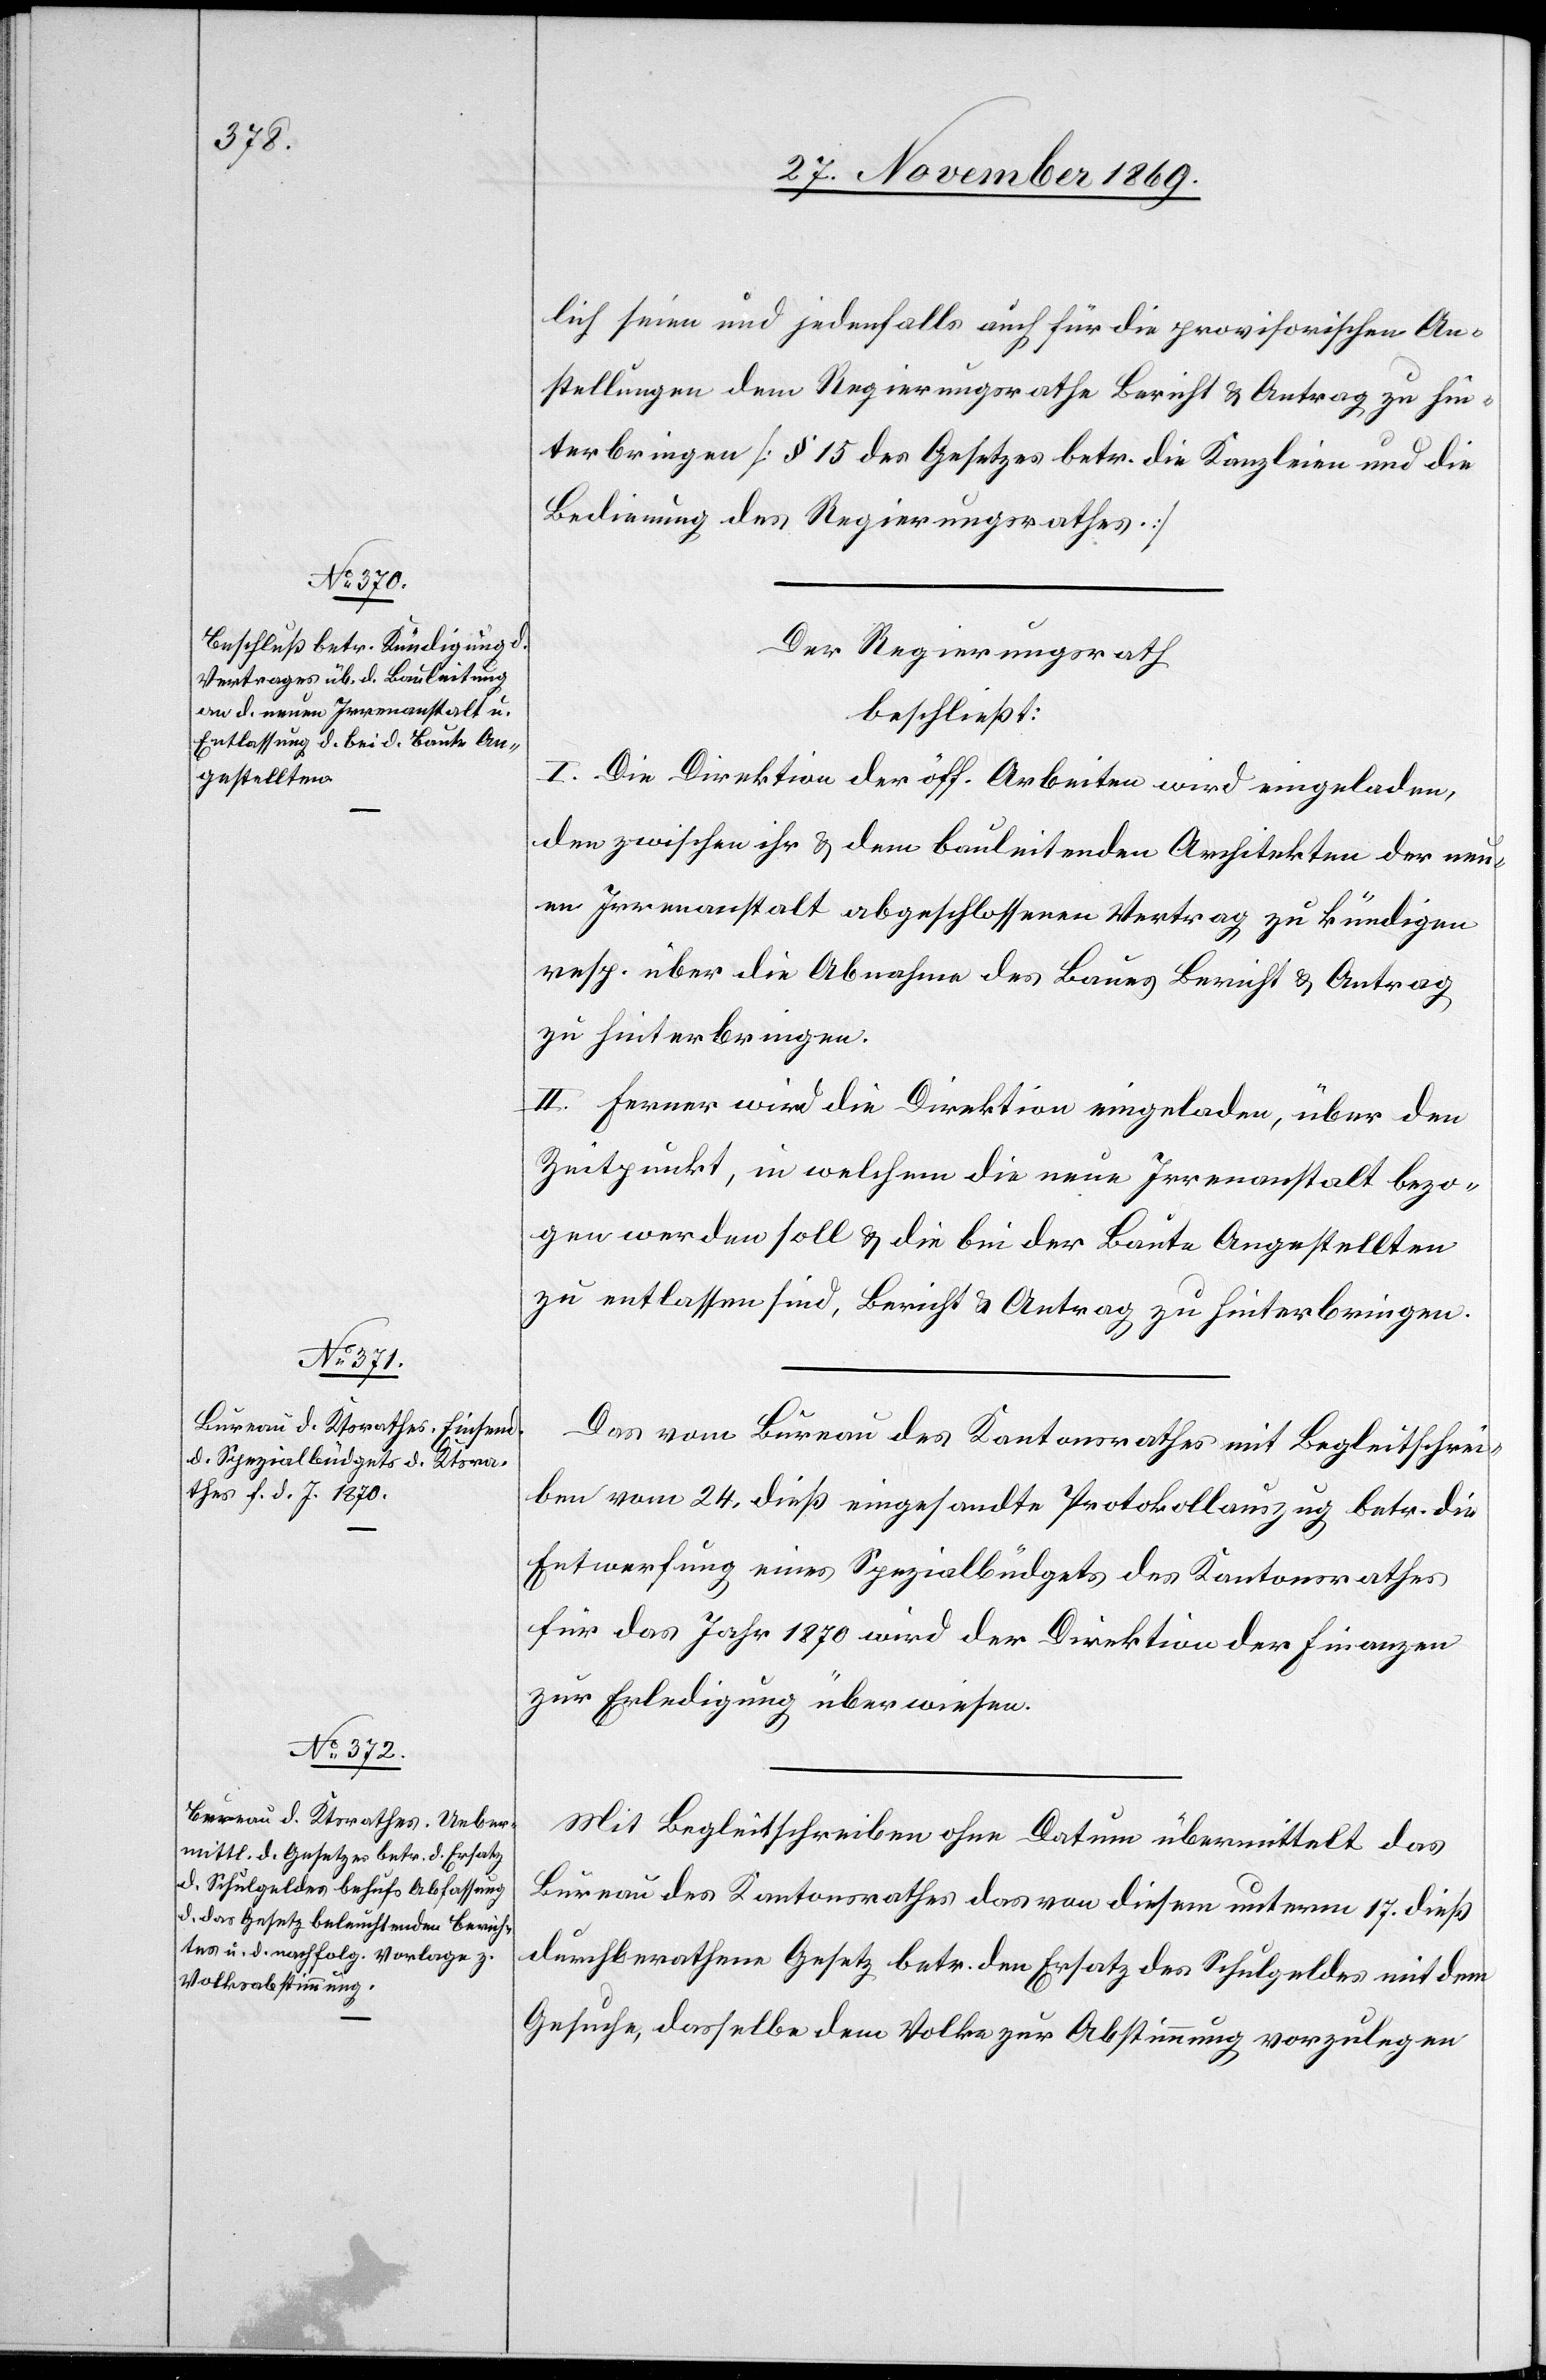
lich seien und jedenfalls auch für die provisorischen An¬
stellungen dem Regierungsrathe Bericht & Antrag zu hin¬
terbringen [§ 15 des Gesetzes betr. die Kanzleien und die
Bedienung des Regierungsrathes.]
Der Regierungsrath
beschließt:
I. Die Direktion der öff. Arbeiten wird eingeladen,
den zwischen ihr & dem bauleitenden Architekten der neu¬
en Irrenanstalt abgeschlossenen Vertrag zu kündigen
resp. über die Abnahme des Baues Bericht & Antrag
zu hinterbringen.
II. Ferner wird die Direktion eingeladen, über den
Zeitpunkt, in welchem die neue Irrenanstalt bezo¬
gen werden soll & die bei der Baute Angestellten
zu entlassen sind, Bericht & Antrag zu hinterbringen.
Der] vom Bureau des Kantonsrathes mit Begleitschrei¬
ben vom 24. dieß eingesandte Protokollauszug betr. die
Entwerfung eines Spezialbüdgets des Kantonsrathes
für das Jahr 1870 wird der Direktion der Finanzen
zur Erledigung überwiesen.
Mit Begleitschreiben ohne Datum übermittelt das
Bureau des Kantonsrathes das von diesem unterm 17. dieß
durchberathene Gesetz betr. den Ersatz des Schulgeldes mit dem
Gesuche, dasselbe dem Volke zur Abstimmung vorzulegen